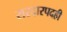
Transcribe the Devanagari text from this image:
सरदारपदही